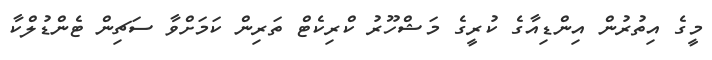
މީގެ އިތުރުން އިންޑިއާގެ ކުރީގެ މަޝްހޫރު ކްރިކެޓް ތަރިން ކަމަށްވާ ސަޗިން ޓެންޑުލްކާ